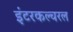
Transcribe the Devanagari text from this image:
इंटरकल्चरल